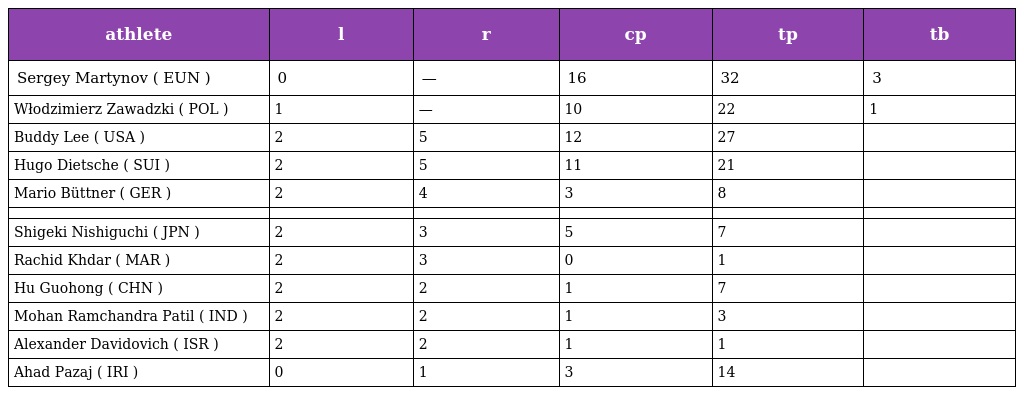
| athlete | l | r | cp | tp | tb |
 | --- | --- | --- | --- | --- | --- |
 | Sergey Martynov ( EUN ) | 0 | — | 16 | 32 | 3 |
 | Włodzimierz Zawadzki ( POL ) | 1 | — | 10 | 22 | 1 |
 | Buddy Lee ( USA ) | 2 | 5 | 12 | 27 |  |
 | Hugo Dietsche ( SUI ) | 2 | 5 | 11 | 21 |  |
 | Mario Büttner ( GER ) | 2 | 4 | 3 | 8 |  |
 |  |  |  |  |  |  |
 | Shigeki Nishiguchi ( JPN ) | 2 | 3 | 5 | 7 |  |
 | Rachid Khdar ( MAR ) | 2 | 3 | 0 | 1 |  |
 | Hu Guohong ( CHN ) | 2 | 2 | 1 | 7 |  |
 | Mohan Ramchandra Patil ( IND ) | 2 | 2 | 1 | 3 |  |
 | Alexander Davidovich ( ISR ) | 2 | 2 | 1 | 1 |  |
 | Ahad Pazaj ( IRI ) | 0 | 1 | 3 | 14 |  |